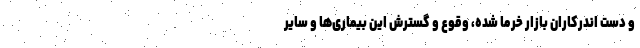
و دست اندرکاران بازار خرما شده، وقوع و گسترش این بیماری‌ها و سایر